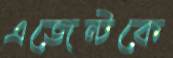
এজেন্টকে